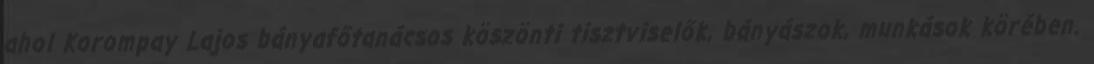
ahol Korompay Lajos bányafőtanácsos köszönti tisztviselők, bányászok, munkások körében.